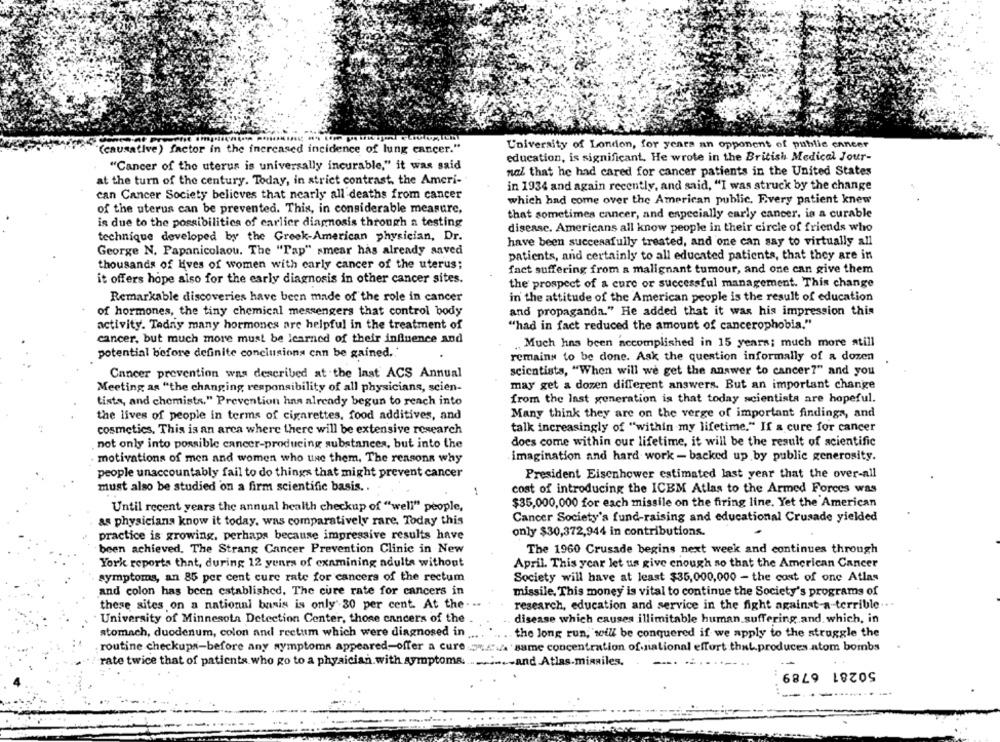
"(causative) factor in the increased incidence of lung cancer."
University of London, for years an opponent of public cancer
education, is significant. He wrote in the British Medical Jour-
"Cancer of the uterus is universally incurable," it was said
nal that he had cared for cancer patients in the United States
at the turn of the century. Today, in strict contrast, the Ameri-
in 1934 and again recently, and said, "I was struck by the change
can Cancer Society believes that nearly all deaths from cancer
which had come over the American public. Every patient knew
of the uterus can be prevented. This, in considerable measure,
that sometimes cancer, and especially carly cancer. is a curable
is due to the possibilities of carlier diagnosis through a testing
disease. Americans all know people in their circle of friends who
technique developed by the Greek-American physician, Dr.
have been successfully treated, and one can say to virtually all
George N. Papanicolaou. The "Tap" smear has already saved
patients, and certainly to all educated patients, that they are in
thousands of Kves of women with carly cancer of the uterus;
fact suffering from a malignant tumour, and one can give them
it offers hope also for the early diagnosis in other cancer sites.
the prospect of a cure or successful management. This change
in the attitude of the American people is the result of education
Remarkable discoveries have been made of the role in cancer
of hormones, the tiny chemical messengers that control body
and propaganda." He added that it was his impression this
activity. Tedniy many hormones are helpful in the treatment of
"had in fact reduced the amount of cancerophobia."
cancer, but much more must be learned of their influence and
Much has been accomplished in 15 years; much more still
potential before definite conclusions can be gained.'
remains to be done. Ask the question informally of a dozen
scientists, "When will we get the answer to cancer?" and you
Cancer prevention was described at the last ACS Annual
may get a dozen different answers. But an important change
Meeting as "the changing responsibility of all physicians, scien-
from the Inst generation is that today scientista are hopeful.
tista, and chemists." Prevention has already begun to reach into
the lives of people in terms of cigarettes, food additives, and
Many think they are on the verge of important findings, and
cosmetics. This is an arca where there will be extensive research
talk increasingly of "within my lifetime." If a cure for cancer
not only into possible cancer-producing substances, but into the
does come within our lifetime, it will be the result of scientific
motivations of men and women who use them. The reasons why
imagination and hard work - backed up by public generosity.
people unaccountably fail to do things that might prevent cancer
President Eisenhower estimated last year that the over-all
must also be studied on a firm scientific basis ..
cost of introducing the ICBM Atlas to the Armed Forces was
1
$35,000,000 for each missile on the firing line. Yet the American
Until recent years the annual health checkup of "well" people,
Cancer Society's fund-raising and educational Crusade yielded
as physicians know it today, was comparatively rare. Today this
only $30,372,944 in contributions.
practice is growing, perhaps because impressive results have
been achieved. The Strang Cancer Prevention Clinic in New
The 1960 Crusade begins next week and continues through
York reports that, during 12 yenra of examining adults without
April. This year let us give enough so that the American Cancer
symptoms, an 85 per cent cure rate for cancers of the rectum
Society will have at least $35,000,000 - the cost of one Atlas
and colon has been established. The cure rate for cancers in
missile. This money is vital to continue the Society's programs of
these sites on a national basis is only'-30 per cent. At the- --
research, education and service in the fight against-a-terrible ...
University of Minnesota Detection Center, those cancers of the
disease which causes illimitable human suffering and. which, in
stomach, duodenum, colon and reetum which were diagnosed in
the long run, will be conquered if we apply to the struggle the
routine checkups-before any symptoms appeared-offer a cure mus same concentration of national effort that.produces atom bombs
rate twice that of patients who go to a physician with symptoms.and Atlas.missiles.
50281 6789